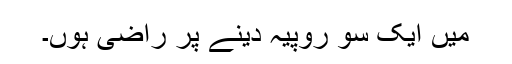
میں ایک سو روپیہ دینے پر راضی ہوں۔